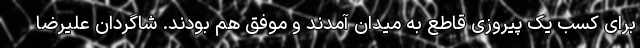
برای کسب یک پیروزی قاطع به میدان آمدند و موفق هم بودند. شاگردان علیرضا